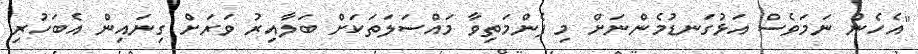
"އެހެން ނަމަވެސް އަޅުގަނޑުމެންނަށް މި ފެންމަތިވާ މައްސަލަތަކަށް ބަލާއިރު ވަރަށް ގިނައިން އެބަހުރި